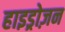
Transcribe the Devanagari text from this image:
हाइड्रोज़न